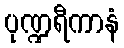
ပုဏ္ဍရီကာနံ